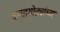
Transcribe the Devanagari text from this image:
दगडगोट्यांच्या